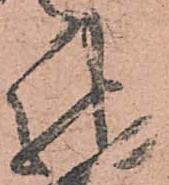
馳